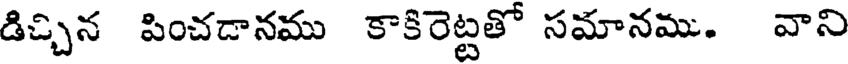
డిచ్చిన పించడానము కాకిరెట్టతో సమానము. వాని